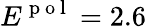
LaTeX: E^{\mathrm{~p~o~l~}}=2.6\